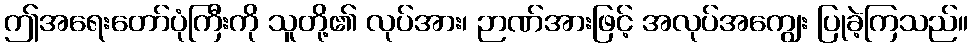
ဤအရေးတော်ပုံကြီးကို သူတို့၏ လုပ်အား၊ ဉာဏ်အားဖြင့် အလုပ်အကျွေး ပြုခဲ့ကြသည်။